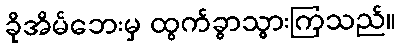
ခိုအိမ်ဘေးမှ ထွက်ခွာသွားကြသည်။